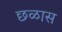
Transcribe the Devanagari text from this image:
छळास